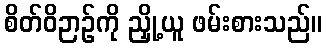
စိတ်ဝိဉာဉ်ကို ညှို့ယူ ဖမ်းစားသည်။